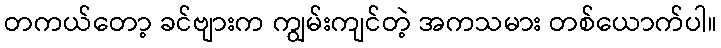
တကယ်တော့ ခင်ဗျားက ကျွမ်းကျင်တဲ့ အကသမား တစ်ယောက်ပါ။